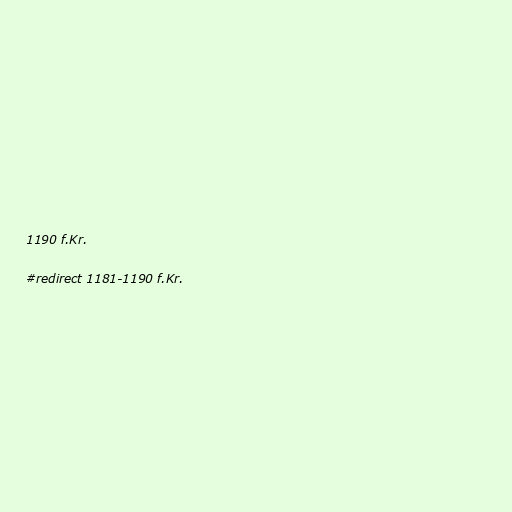
1190 f.Kr.

#redirect 1181-1190 f.Kr.